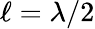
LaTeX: \ell=\lambda/2